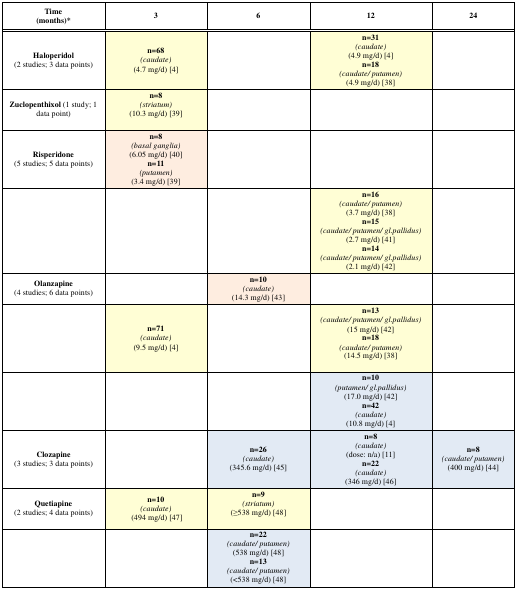
| Time(months)* | 3 | 6 | 12 | 24 |
 | --- | --- | --- | --- | --- |
 | <ROWSPAN=2> Haloperidol(2 studies; 3 data points) | <ROWSPAN=2> n=68(caudate)(4.7 mg/d) [4] | <ROWSPAN=2>  | n=31(caudate)(4.9 mg/d) [4] | <ROWSPAN=2>  |
 | n=18(caudate/ putamen)(4.9 mg/d) [38] |
 | Zuclopenthixol(1 study; 1 data point) | n=8(striatum)(10.3 mg/d) [39] |  |  |  |
 | <ROWSPAN=2> Risperidone(5 studies; 5 data points) | n=8(basal ganglia)(6.05 mg/d) [40] | <ROWSPAN=2>  | <ROWSPAN=2>  | <ROWSPAN=2>  |
 | n=11(putamen)(3.4 mg/d) [39] |
 | <ROWSPAN=3>  | <ROWSPAN=3>  | <ROWSPAN=3>  | n=16(caudate/ putamen)(3.7 mg/d) [38] | <ROWSPAN=3>  |
 | n=15(caudate/ putamen/ gl.pallidus)(2.7 mg/d) [41] |
 | n=14(caudate/ putamen/ gl.pallidus)(2.1 mg/d) [42] |
 | Olanzapine(4 studies; 6 data points) |  | n=10(caudate)(14.3 mg/d) [43] |  |  |
 | <ROWSPAN=2>  | <ROWSPAN=2> n=71(caudate)(9.5 mg/d) [4] | <ROWSPAN=2>  | n=13(caudate/ putamen/ gl.pallidus)(15 mg/d) [42] | <ROWSPAN=2>  |
 | n=18(caudate/ putamen)(14.5 mg/d) [38] |
 | <ROWSPAN=2>  | <ROWSPAN=2>  | <ROWSPAN=2>  | n=10(putamen/ gl.pallidus)(17.0 mg/d) [42] | <ROWSPAN=2>  |
 | n=42(caudate)(10.8 mg/d) [4] |
 | <ROWSPAN=2> Clozapine(3 studies; 3 data points) | <ROWSPAN=2>  | <ROWSPAN=2> n=26(caudate)(345.6 mg/d) [45] | n=8(caudate)(dose: n/a) [11] | <ROWSPAN=2> n=8(caudate/ putamen)(400 mg/d) [44] |
 | n=22(caudate)(346 mg/d) [46] |
 | Quetiapine(2 studies; 4 data points) | n=10(caudate)(494 mg/d) [47] | n=9(striatum)(≥538 mg/d) [48] |  |  |
 | <ROWSPAN=2>  | <ROWSPAN=2>  | n=22(caudate/ putamen)(538 mg/d) [48] | <ROWSPAN=2>  | <ROWSPAN=2>  |
 | n=13(caudate/ putamen)(<538 mg/d) [48] |